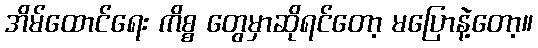
အိမ်ထောင်ရေး ကိစ္စ တွေမှာဆိုရင်တော့ မပြောနဲ့တော့။